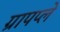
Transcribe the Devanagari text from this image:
ग्रापप्ले